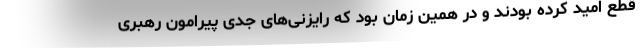
قطع امید کرده بودند و در همین زمان بود که رایزنی‌های جدی پیرامون رهبری